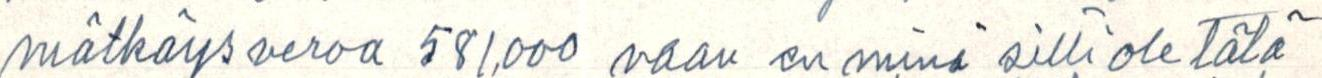
mätkäysveroa 581,000 vaan en minä silti ole tätä